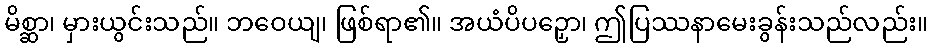
မိစ္ဆာ၊ မှားယွင်းသည်။ ဘဝေယျ၊ ဖြစ်ရာ၏။ အယံပိပဉှော၊ ဤပြဿနာမေးခွန်းသည်လည်း။